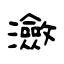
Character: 瀲